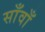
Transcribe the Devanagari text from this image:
साँवाँ